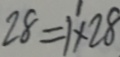
2 8 = 1 ^ { \prime } \times 2 8